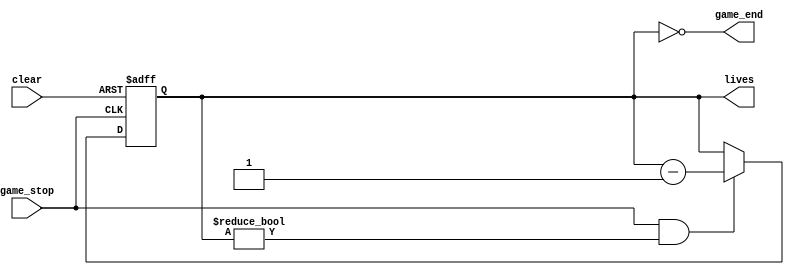
`timescale 1ns / 1ps
//////////////////////////////////////////////////////////////////////////////////
// Company: 
// Engineer: 
// 
// Design Name: 
// Module Name: lives
// Project Name: 
// Target Devices: 
// Tool Versions: 
// Description: 
// 
// Dependencies: 
// 
// Revision:
// Revision 0.01 - File Created
// Additional Comments:
// 
//////////////////////////////////////////////////////////////////////////////////


module life                 //module to calculate lives of the player
(
    input game_stop,input clear,
    output reg [1:0] lives=3 , output game_end
);
    
    assign game_end = (lives ==0);         
    parameter LIFE = 3;         //default no. of lives is 3

    always @(posedge game_stop or posedge clear)
    begin
        if(clear)
            begin
                lives=LIFE;
            end
        else if(game_stop & lives !=0)
            begin
                lives = lives-1;
            end
    end

endmodule